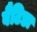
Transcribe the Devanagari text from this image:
बैटिडा